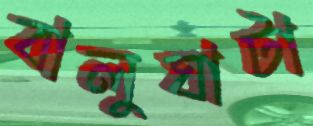
বালুঘাটা